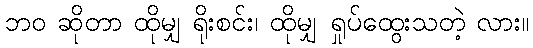
ဘဝ ဆိုတာ ထိုမျှ ရိုးစင်း၊ ထိုမျှ ရှုပ်ထွေးသတဲ့ လား။